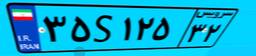
۸۰S۴۳۶۴۵